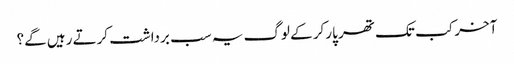
آخر کب تک تھر پارکر کے لوگ یہ سب برداشت کرتے رہیں گے؟